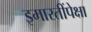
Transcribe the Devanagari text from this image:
इमारतींपेक्षा